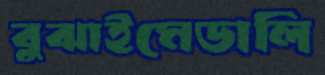
বুঝাইমেডালি